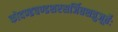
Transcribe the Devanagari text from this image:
कोदण्डचण्डशरसर्जितशत्रुजूर्तेः